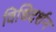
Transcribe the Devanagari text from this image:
विधिदर्शन